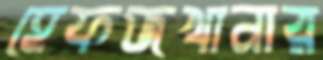
হেফজখানার